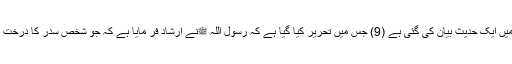
ابو داود کے کتاب الادب کے تحت "باب فی قطع السدر” میں ایک حدیث بیان کی گئی ہے (9) جس میں تحریر کیا گیا ہے کہ رسول اللہ ﷺنے ارشاد فر مایا ہے کہ جو شخص سدر کا درخت کاٹے گا اللہ اس کے سر کو جہنم میں اوندھا گرا دے گا ۔